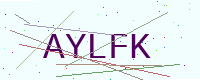
Text: AYLFK